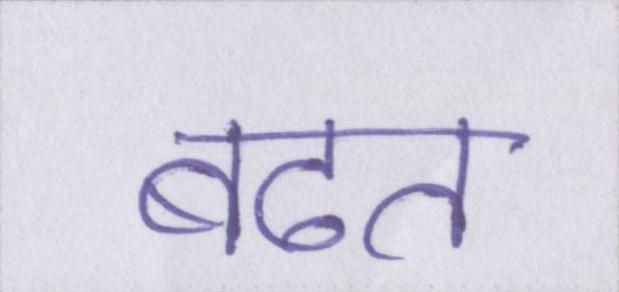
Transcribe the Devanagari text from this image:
बढत